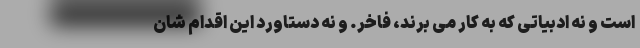
است و نه ادبیاتی که به کار می برند، فاخر. و نه دستاورد این اقدام شان